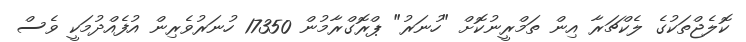
ކޮލެޖްތަކުގެ ލެކްޗަރާ އިން ތަމްރީނުކޮށް "ހުނަރު" ޕްރޮގްރާމުން 17350 ހުނަރުވެރިން އުފެއްދުމަކީ ވެސް